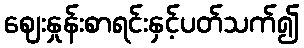
ဈေးနှုန်းစာရင်းနှင့်ပတ်သက်၍